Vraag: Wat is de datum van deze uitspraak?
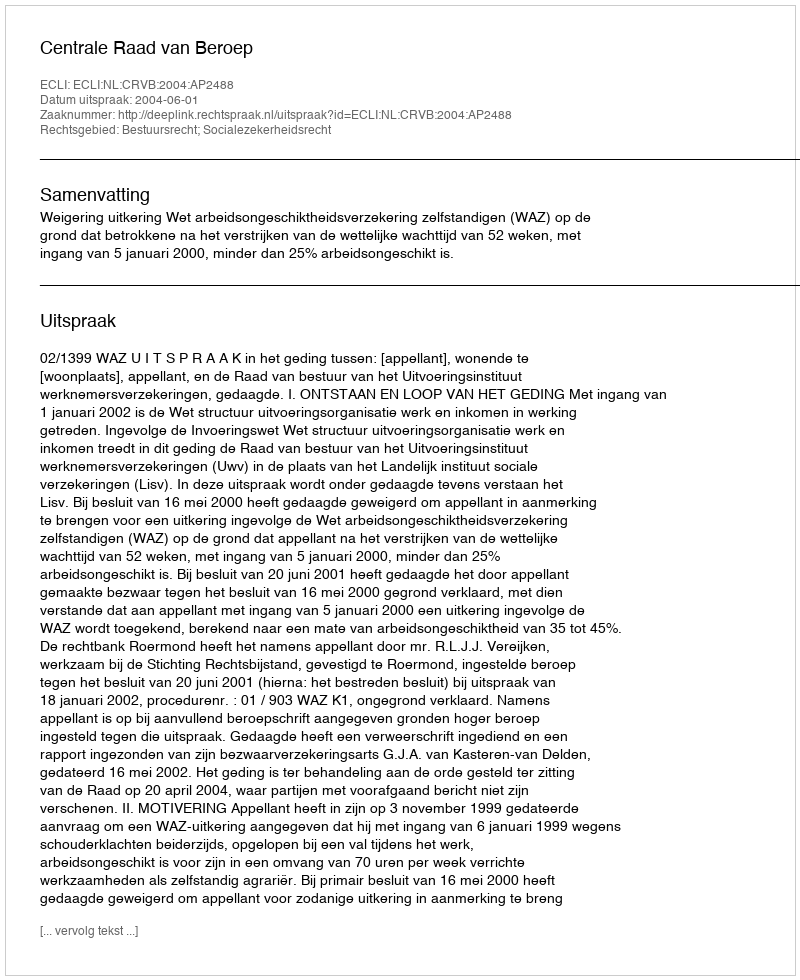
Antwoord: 2004-06-01